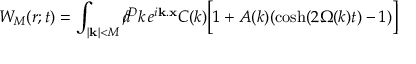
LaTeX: W _ { M } ( r ; t ) = \int _ { | { \bf k } | < M } d \! \! \! / ^ { D } k \, e ^ { i { \bf k } . { \bf x } } { \cal C } ( k ) \biggl [ 1 + A ( k ) ( \cosh ( 2 \Omega ( k ) t ) - 1 ) \biggr ]